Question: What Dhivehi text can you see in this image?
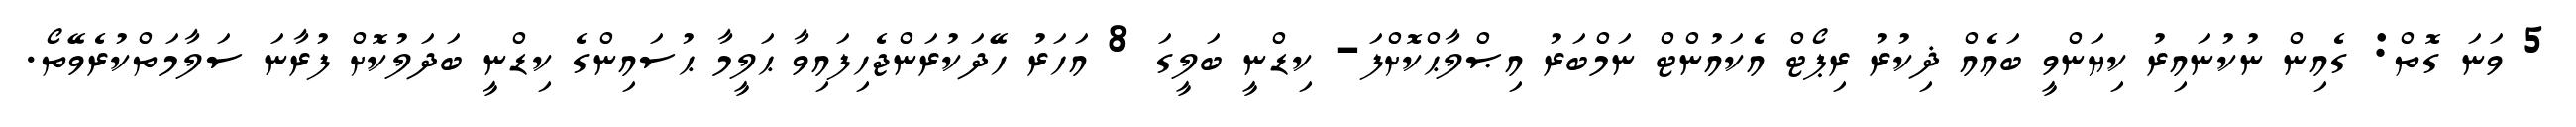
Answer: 5 ވަނަ ގޮތް: ގެއިން ނުކުނައިރު ކިޔަންވީ ބައެއް ޛިކުރު ރިޕޯޓް އެކައުންޓް ނަމްބަރު އިޞްލާޙްކޮށްފަ- ކިޑްނީ ބަލީގަ 8 އަހަރު ހޭދަކުރަންޖެހިފައިވާ ޙަލީމާ ޙުސައިންގެ ކިޑްނީ ބަދަލުކޮށް ފުރާނަ ސަލާމަތްކުރެވޭތޯ.